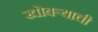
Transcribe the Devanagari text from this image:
खोबऱ्याची